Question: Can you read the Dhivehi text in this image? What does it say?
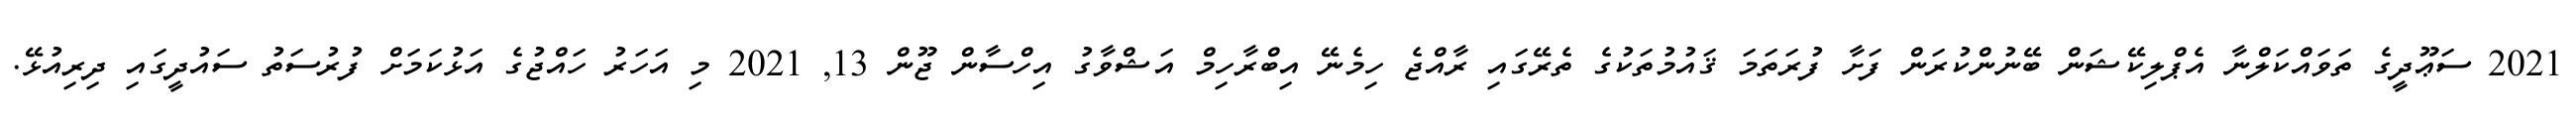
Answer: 2021 ސަޢޫދީގެ ތަވައްކަލްނާ އެޕްލިކޭޝަން ބޭނުންކުރަން ފަށާ ފުރަތަމަ ޤައުމުތަކުގެ ތެރޭގައި ރާއްޖެ ހިމެނޭ އިބްރާހިމް އަޝްވާގު އިހްސާން ޖޫން 13, 2021 މި އަހަރު ހައްޖުގެ އަޅުކަމަށް ފުރުސަތު ސައުދީގައި ދިރިއުޅޭ.